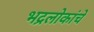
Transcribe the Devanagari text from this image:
भद्रलोकांचे